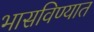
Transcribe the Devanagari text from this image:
भासविण्यात